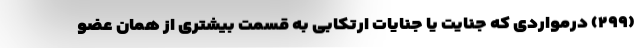
(۲۹۹) درمواردی که جنایت یا جنایات ارتکابی به قسمت بیشتری از همان عضو